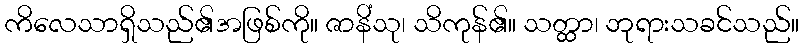
ကိလေသာရှိသည်၏အဖြစ်ကို။ ဇာနိံသု၊ သိကုန်၏။ သတ္ထာ၊ ဘုရားသခင်သည်။